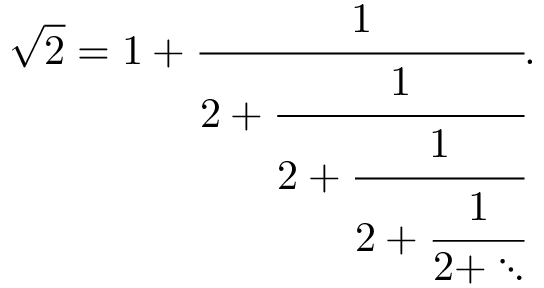
\! \ { \sqrt { 2 } } = 1 + { \cfrac { 1 } { 2 + { \cfrac { 1 } { 2 + { \cfrac { 1 } { 2 + { \cfrac { 1 } { 2 + \ddots } } } } } } } } .